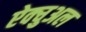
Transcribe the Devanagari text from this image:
ऐक्चुअल